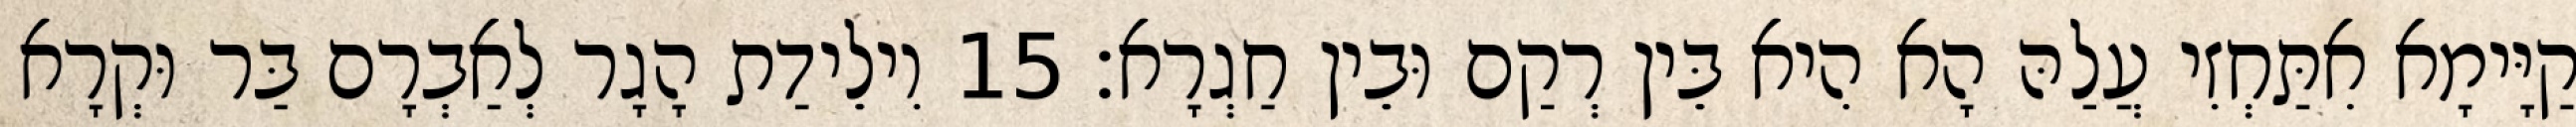
קַיָּימָא אִתַּחְזִי עֲלַהּ הָא הִיא בֵּין רְקַם וּבֵין חַגְרָא׃ 15 וִילֵידַת הָגָר לְאַבְרָם בַּר וּקְרָא